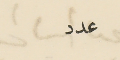
عدد